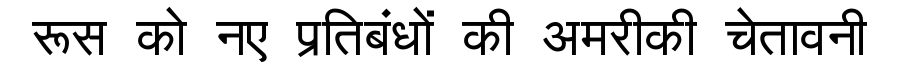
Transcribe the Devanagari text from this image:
रूस को नए प्रतिबंधों की अमरीकी चेतावनी